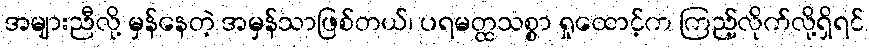
အများညီလို့ မှန်နေတဲ့ အမှန်သာဖြစ်တယ်၊ ပရမတ္ထသစ္စာ ရှုထောင့်က ကြည့်လိုက်လို့ရှိရင်